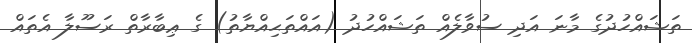
ތަޝައްހުދުގެ މާނަ އަދި ސުވާލެއް ތަޝައްހުދު (އައްތަޙިއްޔާތު) ގެ ޢިބާރާތް ރަސޫލާ އެތައް